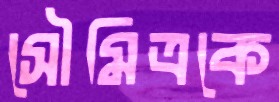
সৌমিত্রকে